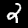
Digit: 2